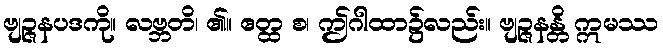
ဗျဉ္ဇနပဒကို။ လဗ္ဘတိ၊ ၏။ ဧတ္ထ စ၊ ဤဂါထာ၌လည်း။ ဗျဉ္ဇနန္တိ ဣမဿ